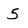
Character: 5